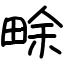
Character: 畭